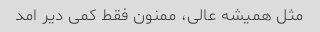
مثل همیشه عالی، ممنون فقط کمی دیر امد